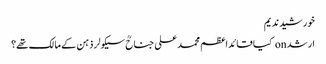
خورشید ندیم
ارشد on کیا قائداعظم محمد علی جناحؒ سیکولر ذہن کے مالک تھے؟